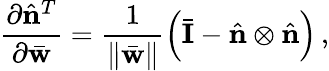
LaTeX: \frac{\partial\hat{\mathbf n}^{T}}{\partial\bar{\mathbf w}}=\frac{1}{\| \bar{\mathbf w}\| }\left(\bar{\mathbf I}-\hat{\mathbf n}\otimes\hat{\mathbf n}\right)\, ,